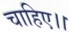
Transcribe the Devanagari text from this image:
चाहिए।।